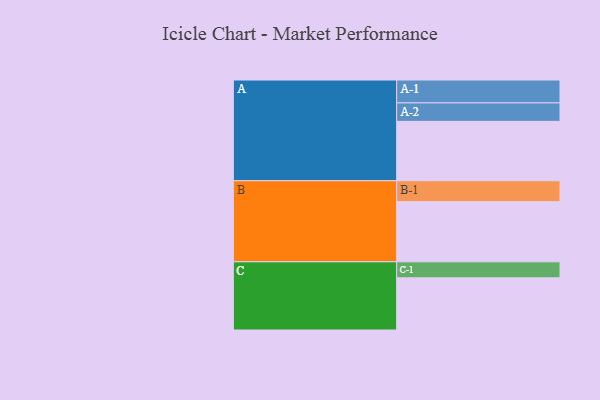
{"axis": {"x": "Segment", "y": "Value"}, "legend": ["", "A", "B", "C"], "data": [{"x": "A", "y": 576, "type": ""}, {"x": "B", "y": 583, "type": ""}, {"x": "C", "y": 506, "type": ""}, {"x": "A-1", "y": 222, "type": "A"}, {"x": "A-2", "y": 179, "type": "A"}, {"x": "B-1", "y": 203, "type": "B"}, {"x": "C-1", "y": 155, "type": "C"}]}